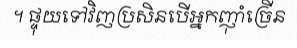
។ ផ្ទុយទៅវិញប្រសិនបើអ្នកញ៉ាំច្រើន